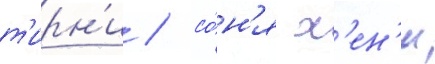
т'ирн'и / со́н'я х'ен'и